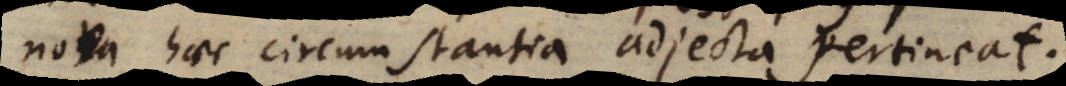
nova haec circumstantia adjecta pertineat.